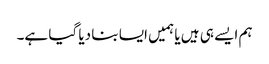
ہم ایسے ہی ہیں یا ہمیں ایسا بنا دیا گیا ہے۔